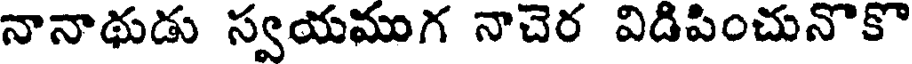
నానాథుడు స్వయముగ నాచెర విడిపించునొకొ